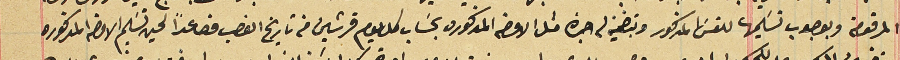
المرقومة وبوجوب تسَليمها للقسَ المذكور وبتضمين له اجرة مثل الاوضه المذكوره بحسَاب كل يوم قرشين من تاريخ الغصب فصاعداً لحين تسَليم الاوضة المذكوره